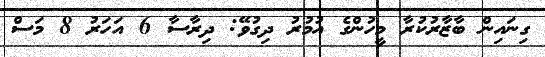
ގިނައިން ބާޒާރުކުރާ މީހުންގެ އުމުރު ދިގުވޭ: ދިރާސާ 6 އަހަރު 8 މަސް